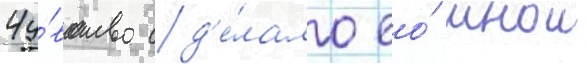
Чу́вство сд'е́лало ео́ инои